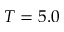
T = 5 . 0